Code of medical and sanitary regulations for the guidance of medical officers serving in the Madras Presidency - Volume I
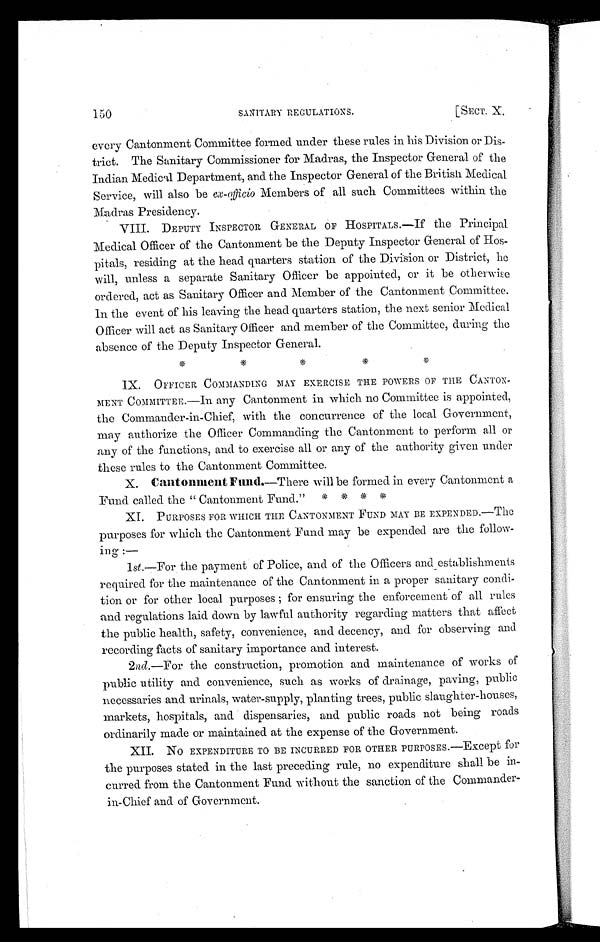
150
SANITARY REGULATIONS.
[SECT. X.
every Cantonment Committee formed under these rules in his Division or Dis-
trict. The Sanitary Commissioner for Madras, the Inspector General of the
Indian Medica1 Department, and the Inspector General of the British Medical
Service, will also be ex-officio Members of all such Committees within the
Madras Presidency.
VIII. DEPUTY INSPECTOR GENERAL OP HOSPITALS.—If the Principal
Medical Officer of the Cantonment be the Deputy Inspector General of Hos-
pitals, residing at the head quarters station of the Division or District, he
will, unless a separate Sanitary Officer be appointed, or it be otherwise
ordered, act as Sanitary Officer and Member of the Cantonment Committee.
In the event of his leaving the head quarters station, the next senior Medical
Officer will act as Sanitary Officer and member of the Committee, during the
absence of the Deputy Inspector General.
* * * * *
IX. OFFICER COMMANDING MAY EXERCISE THE POWERS OF THE CANTON-
MENT COMMITTEE.—In any Cantonment in which no Committee is appointed,
the Commander-in-Chief, with the concurrence of the local Government,
may authorize the Officer Commanding the Cantonment to perform all or
any of the functions, and to exercise all or any of the authority given under
these rules to the Cantonment Committee.
X. Cantonment Fund. —There will be formed in every Cantonment a
Fund called the " Cantonment Fund." * * * *
XI PURPOSES FOR WHICH THE CANTONMENT FUND MAY BE EXPENDED.—The
purposes for which the Cantonment Fund may be expended are the follow-
ing :—
1st.—For the payment of Police, and of the Officers and establishments
required for the maintenance of the Cantonment in a proper sanitary condi-
tion or for other local purposes ; for ensuring the enforcement of all rules
and regulations laid down by lawful authority regarding matters that affect
the public health, safety, convenience, and decency, and for observing and
recording facts of sanitary importance and interest.
2nd.—For the construction, promotion and maintenance of works of
public utility and convenience, such as works of drainage, paving, public
necessaries and urinals, water-supply, planting trees, public slaughter-houses,
markets, hospitals, and dispensaries, and public roads not being roads
ordinarily made or maintained at the expense of the Government.
XII. NO EXPENDITURE TO BE INCURRED FOR OTHER PURPOSES.—Except for
the purposes stated in the last preceding rule, no expenditure shall be in-
curred from the Cantonment Fund without the sanction of the Commander-
in-Chief and of Government.